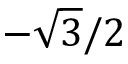
- { \sqrt { 3 } } / 2